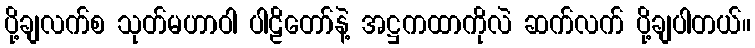
ပို့ချလက်စ သုတ်မဟာဝါ ပါဠိတော်နဲ့ အဋ္ဌကထာကိုလဲ ဆက်လက် ပို့ချပါတယ်။